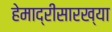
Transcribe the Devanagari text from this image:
हेमाद्रीसारख्या